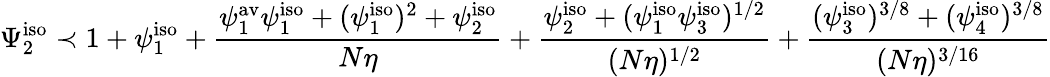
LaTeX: \Psi_{2}^{\mathrm{iso}}\prec 1+\psi_{1}^{\mathrm{iso}}+\frac{\psi_{1}^{\mathrm{av}}\psi_{1}^{\mathrm{iso}}+(\psi_{1}^{\mathrm{iso}})^{2}+\psi_{2}^{\mathrm{iso}}}{N\eta}+\frac{\psi_{2}^{\mathrm{iso}}+(\psi_{1}^{\mathrm{iso}}\psi_{3}^{\mathrm{iso}})^{1/2}}{(N\eta)^{1/2}}+\frac{(\psi_{3}^{\mathrm{iso}})^{3/8}+(\psi_{4}^{\mathrm{iso}})^{3/8}}{(N\eta)^{3/16}}